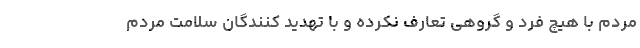
مردم با هیچ فرد و گروهی تعارف نکرده و با تهدید کنندگان سلامت مردم